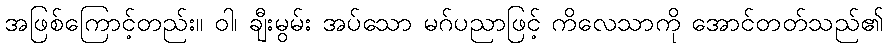
အဖြစ်ကြောင့်တည်း။ ဝါ၊ ချီးမွမ်း အပ်သော မဂ်ပညာဖြင့် ကိလေသာကို အောင်တတ်သည်၏